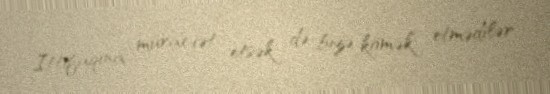
İttifaqına müraciət etsək də bizə kömək etmədilər.